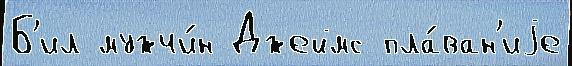
Б'ил мужчи́н Джеймс пла́ван'иjе